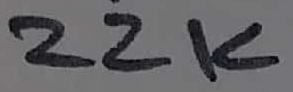
Text: 22K